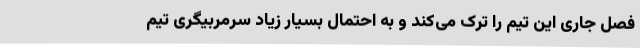
فصل جاری این تیم را ترک می‌کند و به احتمال بسیار زیاد سرمربیگری تیم